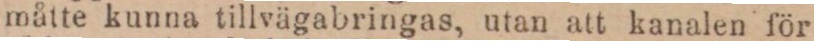
måtte kunna tillvägabringas, utan att kanalen för